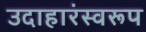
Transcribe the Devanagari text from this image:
उदाहारंस्वरूप